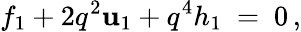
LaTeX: f_{1}+2q^{2}\mathbf{u}_{1}+q^{4}h_{1}\ =\ 0\, ,